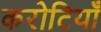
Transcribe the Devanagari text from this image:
करोटियाँ